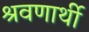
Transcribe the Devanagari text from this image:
श्रवणार्थी